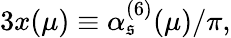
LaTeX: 3x(\mu)\equiv\alpha_{\mathfrak{s}}^{(6)}(\mu)/\pi,